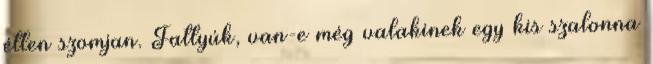
étlen szomjan. Fattyúk, van-e még valakinek egy kis szalonna